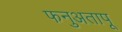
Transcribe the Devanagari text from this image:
फनुअतापू